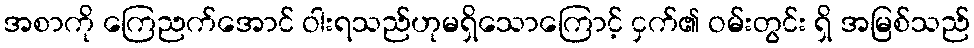
အစာကို ကြေညက်အောင် ဝါးရသည်ဟုမရှိသောကြောင့် ငှက်၏ ဝမ်းတွင်း ရှိ အမြစ်သည်